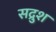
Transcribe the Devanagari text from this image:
सद्रुश